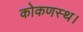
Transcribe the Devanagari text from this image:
कोकणस्थ।